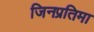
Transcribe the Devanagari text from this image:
जिनप्रतिमा